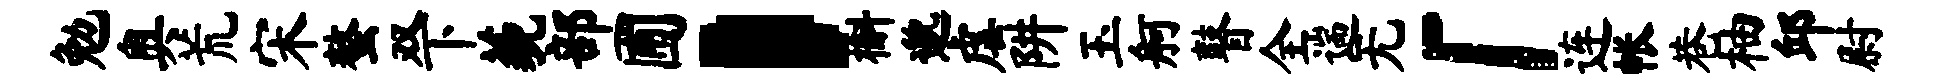
勉奥荒宋螯双下藐部圃，槲邈虐阱玉舸瞽全遄无「连帐巷柚邱尉